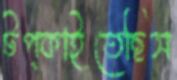
টপ্‌কাইতেছিস